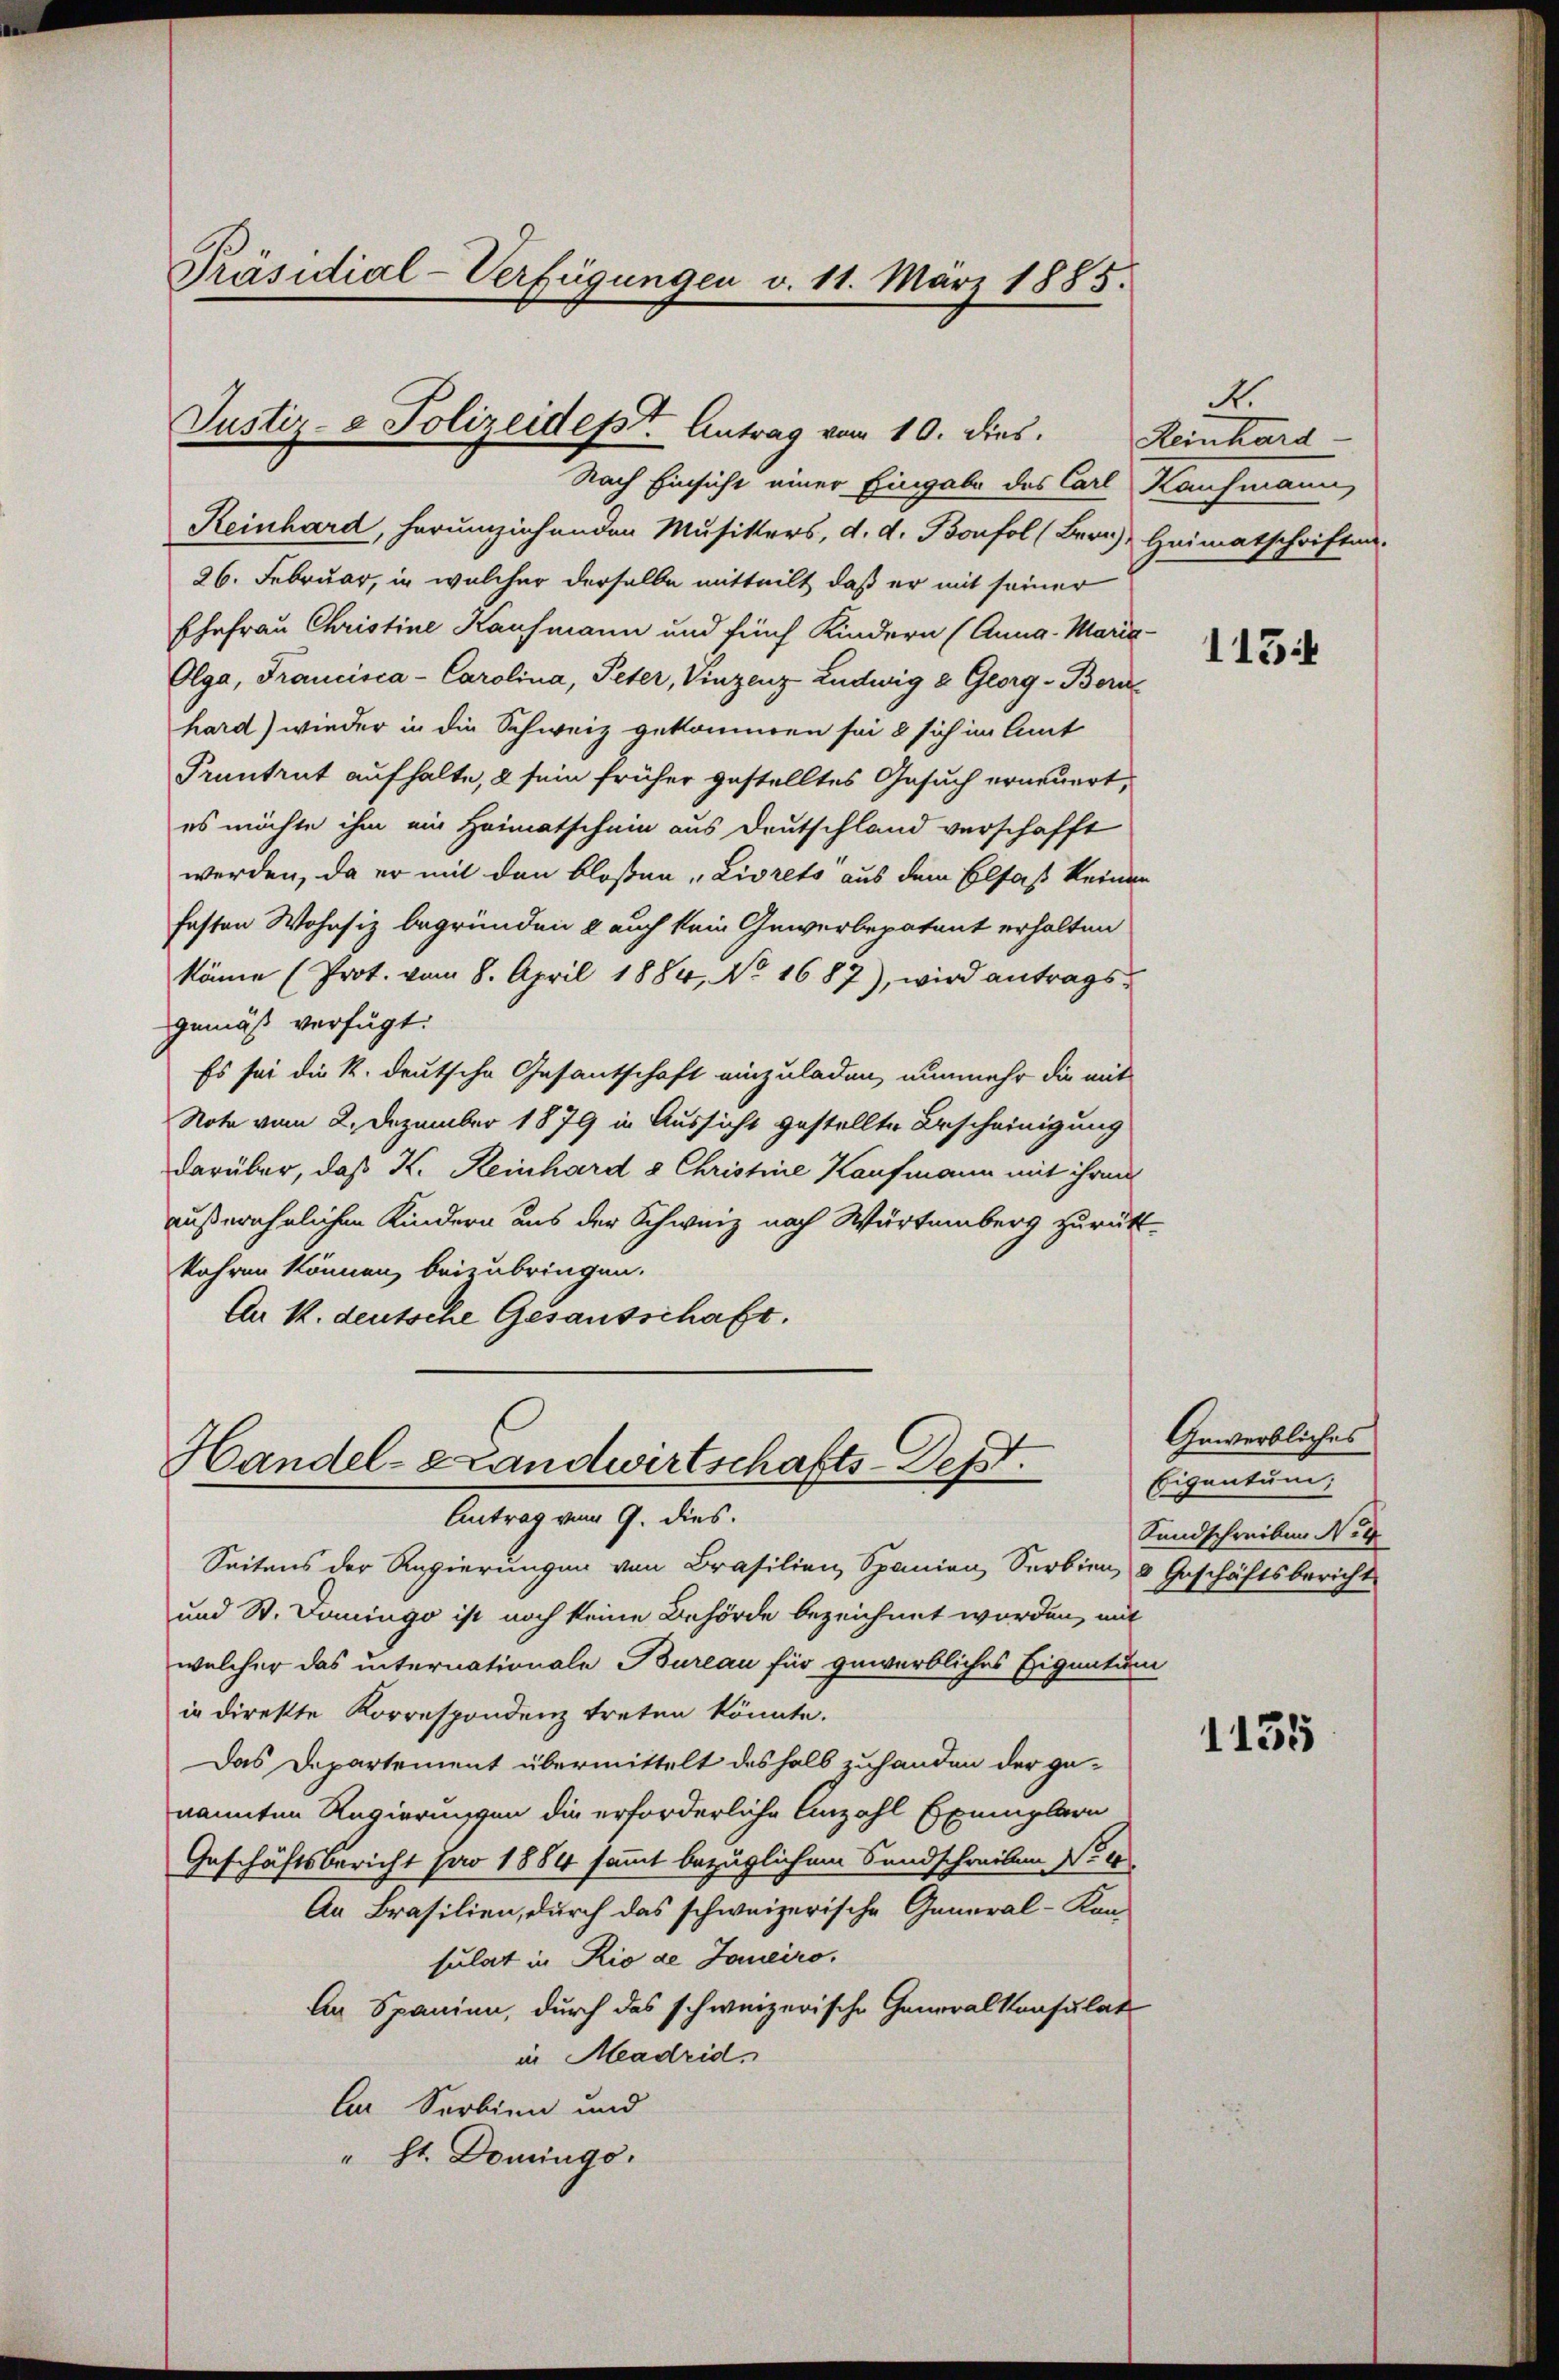
Präsidial-Verfügungen v. 11. März 1885.

Justiz- & Polizeidept. Antrag vom 10. dies.

Handel-Brandwirtschafts-Dept.
Antrag vom 9. dies

Seitens der Regierungen von Brasilien, Spanien Serbien, 3 Geschäftsbericht
und St. Domingo ist noch keine Behörde bezeichnet worden, mit
welcher das internationale Bureau für gewerbliches Eigentum
in direkte Korrespondenz treten könnte.
Das Departement übermittelt deshalb zuhanden der ge-
nannten Regierungen die erforderliche Anzahl Exemplarn
Geschäftsbericht pro 1884 sammt bezüglichem Sandschreiben No 4
An Brasilien, durch das schweizerische General-Kan-
sulat in Rio de Janeiro,
An Spanien, durch das schweizerische Generalkonsulat
in Madrid,
l Serbien und
" st. Domings,

Nach Einsicht einer Eingabe des Carl Kaufmann
Reinhard, herumziehenden Musikers, d. d. Bonfol (Bern) Heimatschriften.
26. Februar, in welcher derselbe mitteilt, daß er mit seiner
Ehefrau Christine Kaufmann und fünf Kindern (Anna - Maria
Olga, Francisca - Carolina, Peter, Vinzenz Ludwig 2 Georg - Born
hard) wieder in die Schweiz gekommen sei & sich im Amt
Pruntrut aufhalte, 2 sein früher gestelltes Gesuch erneuert,
es möchte ihm ein Heimatschein aus Deutschland verschafft
werden, da er mit den bloßen „Livrets aus dem Elsaß keinen
festen Wohnsiz begründen & auch kein Gewerbepatent erhalten
köme (Prot. vom 8. April 1884, No 1687), wird antragsgemäß verfügt:
Es sei die k. deutsche Gesantschaft einzuladen, nunmehr die mit
Note vom 2. Dezember 1879 in Aussicht gestellte Bescheinigung
darüber, daß K. Reinhard à Christine Kaufmann mit ihren
außerehelichen Kindern aus der Schweiz nach Würtemberg zurück-
kahren können, beizubringen.
An k. deutsche Gesausschaft.

A.
Heinhard-

113

Gewerbliches
Eigentum;
Sandschreiben No 4

1135